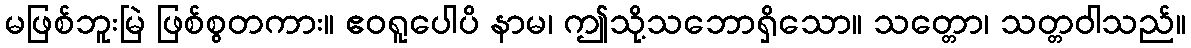
မဖြစ်ဘူးမြဲ ဖြစ်စွတကား။ ဧဝရူပေါပိ နာမ၊ ဤသို့သဘောရှိသော။ သတ္တော၊ သတ္တဝါသည်။